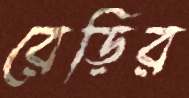
রেড়ির